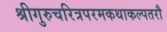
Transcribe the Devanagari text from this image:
श्रीगुरुचरित्रपरमकथाकल्पतरौ